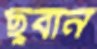
ছুবান